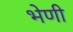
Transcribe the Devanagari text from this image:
भेणी